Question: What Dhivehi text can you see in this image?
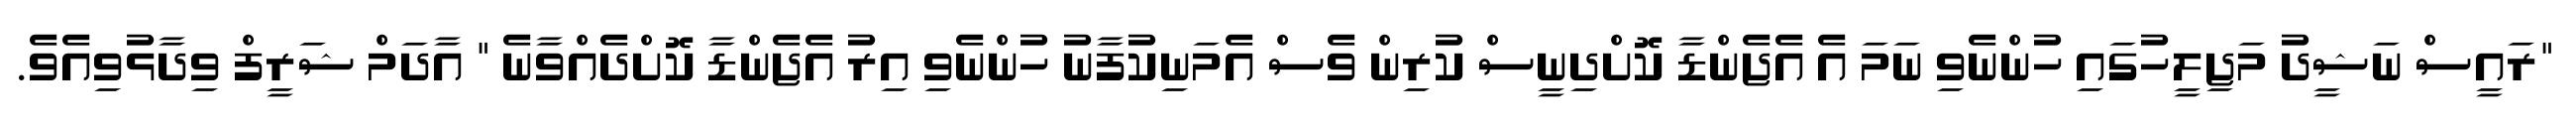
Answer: "ރައީސް ނަޝީދު މަޖިލީހުގައި ހުންނެވި ނަމަ އެ އެޖެންޑާ ކޮށްދިނީސް ކުރިން ވެސް އެމަނިކުފާނު ހުންނެވި އިރު އެޖެންޑާ ކޮށްދެއްވާނެ " އާދަމް ޝަރީފް ވިދާޅުވިއެވެ.